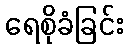
ရေစိုခံခြင်း